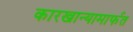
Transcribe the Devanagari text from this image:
कारखान्यामार्फत